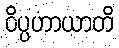
ဝိပ္ပဟာယာတိ